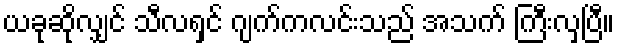
ယခုဆိုလျှင် သီလရှင် ဂျက်ကလင်းသည် အသက် ကြီးလှပြီ။